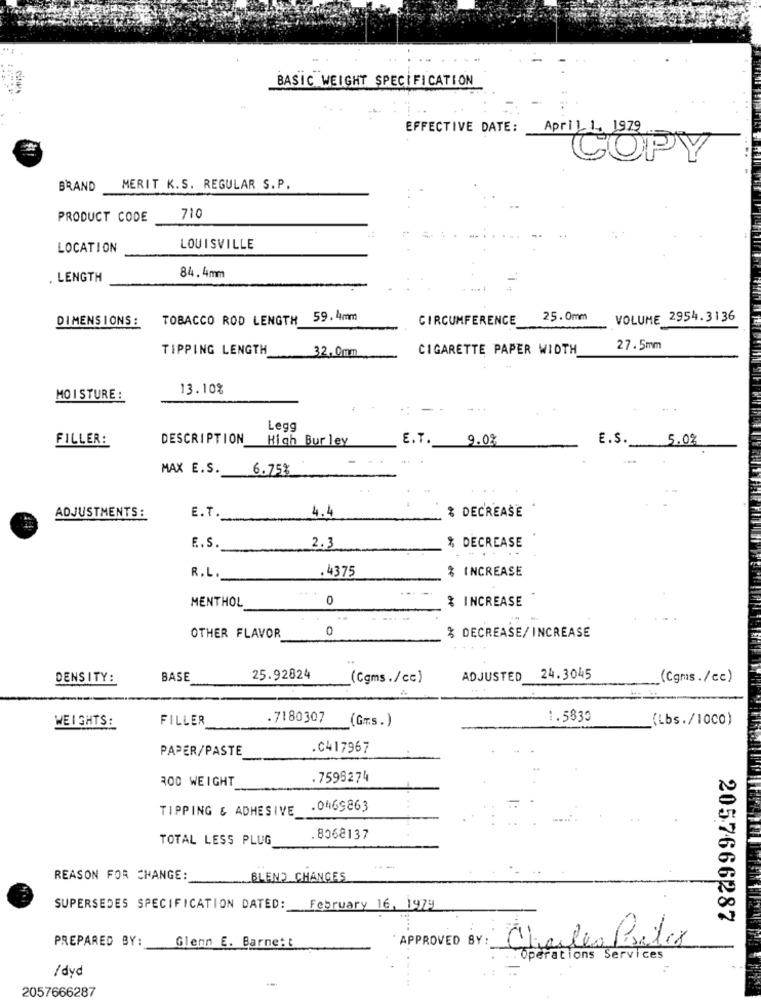
BASIC WEIGHT SPECIFICATION
EFFECTIVE DATE:
April 1, 1979
COPY
BRAND
MERIT K.S. REGULAR S.P.
710
PRODUCT CODE
LOCATION
LOUISVILLE
84.4mm
. LENGTH
TOBACCO ROD LENGTH 59.4mm
CIRCUMFERENCE
25.0mm
VOLUME 2954.3136
DIMENSIONS :
TIPPING LENGTH
32,0mm
CIGARETTE PAPER WIDTH
27.5mm
13.10%
MOISTURE :
.: -
Legg
FILLER:
DESCRIPTION
High Bur ley
E.T.
9.0%
E.S ._
5.0%
MAX E.S.
6.75%
ADJUSTMENTS:
4.4
% DECREASE
E.T.
E.S.
2.3
% DECREASE
% INCREASE
R.L.
.4375
MENTHOL
0
% INCREASE
0
OTHER FLAVOR
% DECREASE/ INCREASE
DENSITY :
BASE
25.92824
(Cgms./cc)
ADJUSTED
24.3045
(Cgms./cc)
WEIGHTS:
FILLER
.7180307
(Gms.)
1.5830
(Lbs./1000)
PAPER/PASTE
.C417967
300 WEIGHT
7599274
TIPPING & ADHESIVE
.0469863
TOTAL LESS PLUG
8068137
REASON FOR CHANGE:
BLEND CHANGES
SUPERSEDES SPECIFICATION DATED:
February 16, 1979
2057666287
PREPARED BY:
Glenn E. Barne: :
APPROVED BY:
Charles Pratos
Operations Services
/dyd
2057666287